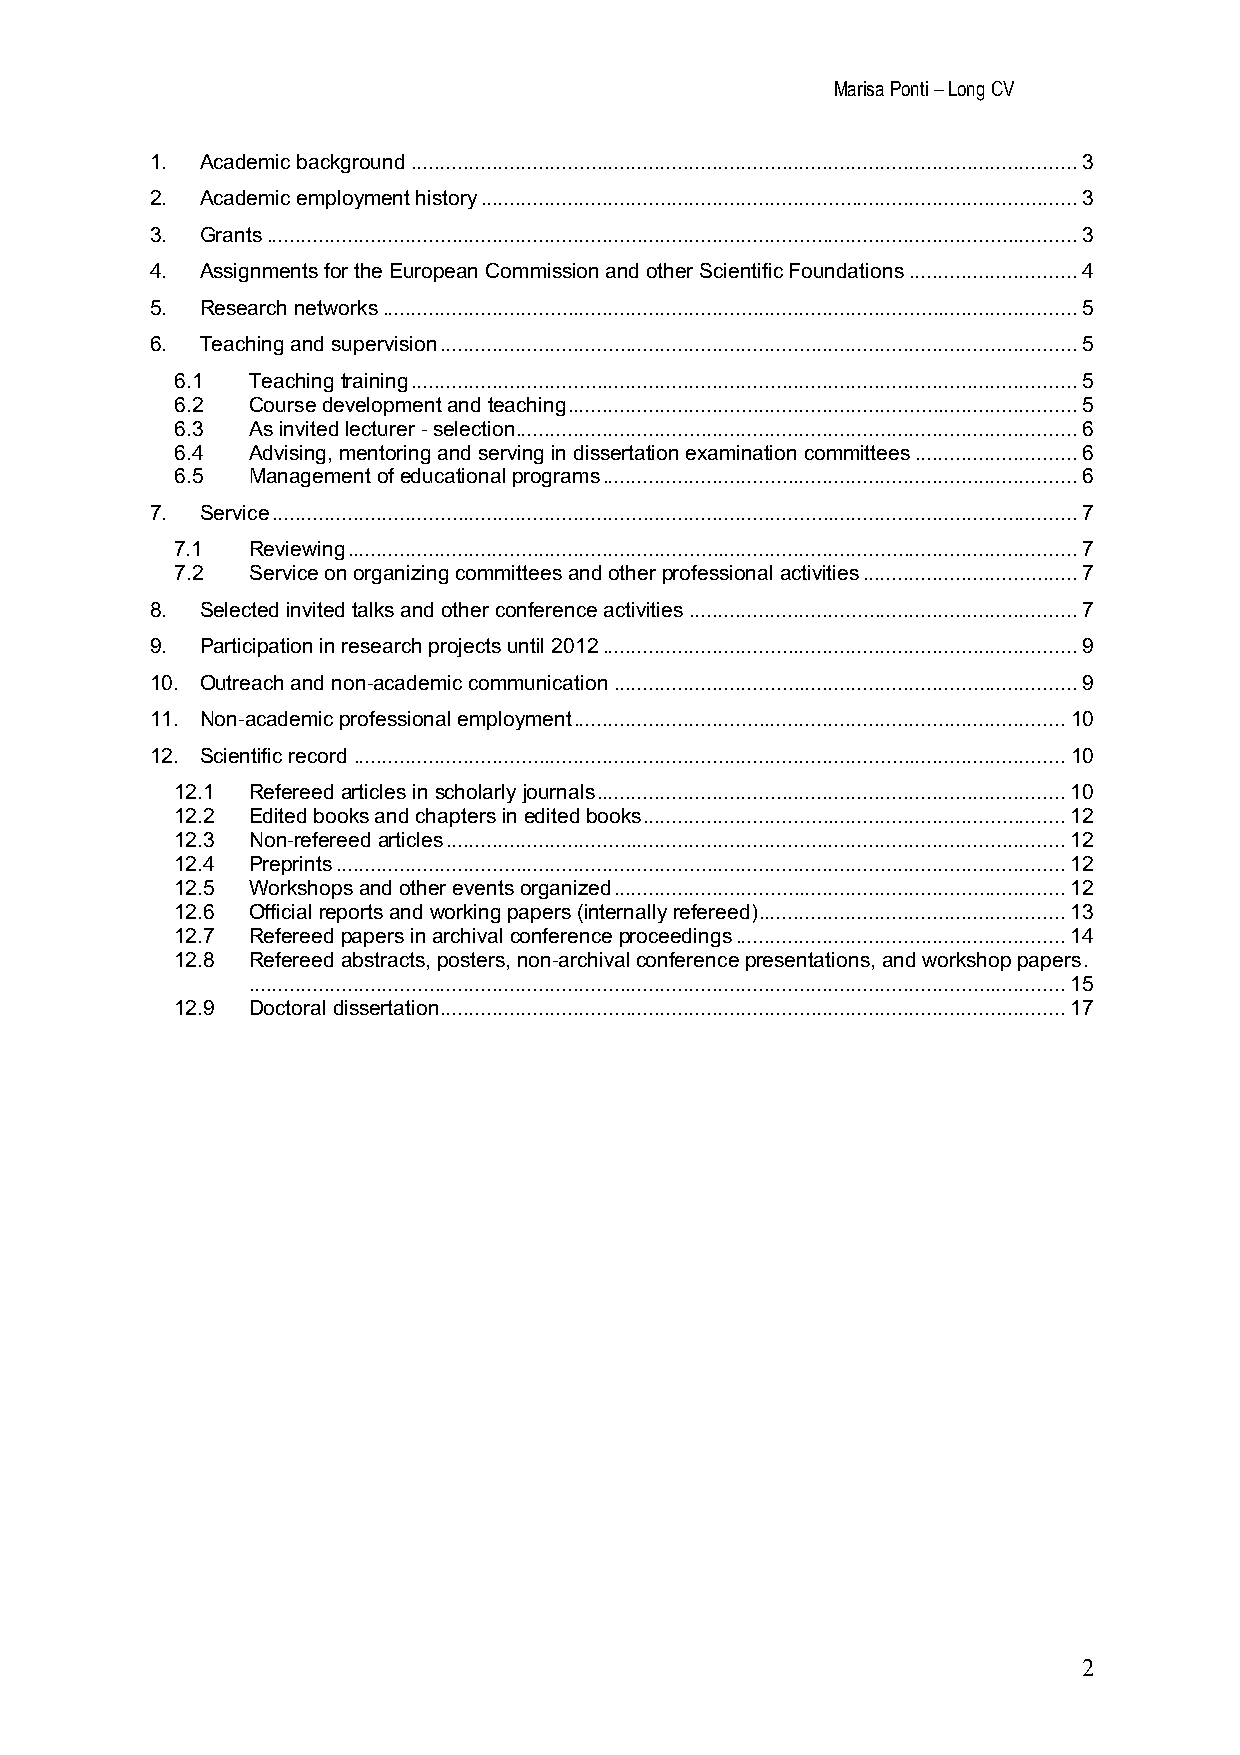
Marisa Ponti – Long CV
 1. Academic background ................................................................................................................... 3
 2. Academic employment history ....................................................................................................... 3
 3. Grants ............................................................................................................................................ 3
 4. Assignments for the European Commission and other Scientific Foundations ............................. 4
 5. Research networks ........................................................................................................................ 5
 6. Teaching and supervision .............................................................................................................. 5
 6.1 Teaching training ................................................................................................................... 5
 6.2 Course development and teaching ........................................................................................ 5
 6.3 As invited lecturer - selection ................................................................................................. 6
 6.4 Advising, mentoring and serving in dissertation examination committees ............................ 6
 6.5 Management of educational programs .................................................................................. 6
 7. Service ........................................................................................................................................... 7
 7.1 Reviewing .............................................................................................................................. 7
 7.2 Service on organizing committees and other professional activities ..................................... 7
 8. Selected invited talks and other conference activities ................................................................... 7
 9. Participation in research projects until 2012 .................................................................................. 9
 10. Outreach and non-academic communication ................................................................................ 9
 11. Non-academic professional employment ..................................................................................... 10
 12. Scientific record ........................................................................................................................... 10
 12.1 Refereed articles in scholarly journals ................................................................................. 10
 12.2 Edited books and chapters in edited books ......................................................................... 12
 12.3 Non-refereed articles ........................................................................................................... 12
 12.4 Preprints .............................................................................................................................. 12
 12.5 Workshops and other events organized .............................................................................. 12
 12.6 Official reports and working papers (internally refereed) ..................................................... 13
 12.7 Refereed papers in archival conference proceedings ......................................................... 14
 12.8 Refereed abstracts, posters, non-archival conference presentations, and workshop papers .
 ............................................................................................................................................. 15
 12.9 Doctoral dissertation ............................................................................................................ 17
 2